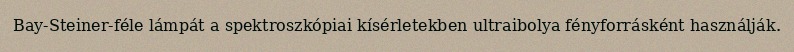
Bay-Steiner-féle lámpát a spektroszkópiai kísérletekben ultraibolya fényforrásként használják.